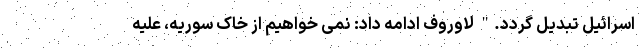
اسرائیل تبدیل گردد." لاوروف ادامه داد: نمی خواهیم از خاک سوریه، علیه